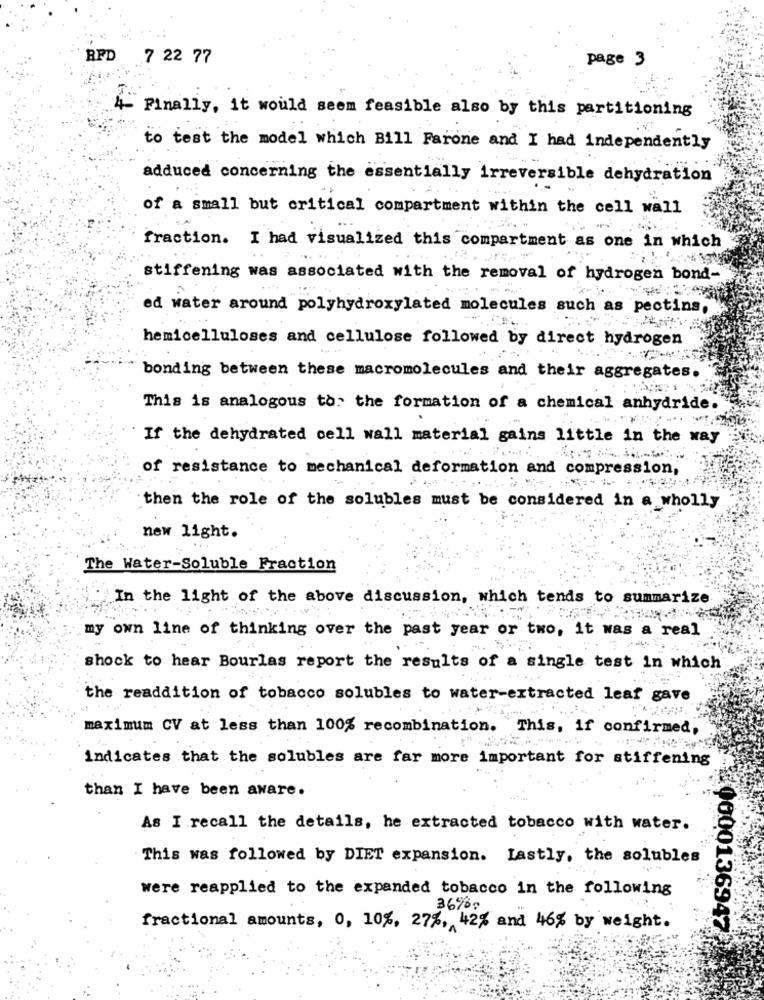
RFD
7 22 77
page 3
4-
Finally, it would seem feasible also by this partitioning
to test the model which Bill Farone and I had independently
adduced concerning the essentially irreversible dehydration
of a small but critical compartment within the cell wall
fraction. I had visualized this compartment as one in which
stiffening was associated with the removal of hydrogen bond-
ed water around polyhydroxylated molecules such as pectins.
hemicelluloses and cellulose followed by direct hydrogen
bonding between these macromolecules and their aggregates.
This is analogous to: the formation of a chemical anhydride.
If the dehydrated cell wall material gains little in the way
of resistance to mechanical deformation and compression,
. ...
then the role of the solubles must be considered in a wholly
new light.
The Water-Soluble Fraction
In the light of the above discussion, which tends to summarize
my own line of thinking over the past year or two, it was a real
shock to hear Bourlas report the results of a single test in which
the readdition of tobacco solubles to water-extracted leaf gave
maximum CV at less than 100% recombination. This, if confirmed,
indicates that the solubles are far more important for stiffening
than I have been aware.
As I recall the details, he extracted tobacco with water.
This was followed by DIET expansion. Lastly, the solubles
were reapplied to the expanded tobacco in the following
36%60
fractional amounts, 0, 10%, 27%, 42% and 46% by weight.
0000136947